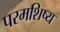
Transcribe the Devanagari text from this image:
परमशिष्य